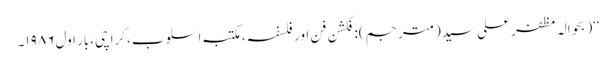
‘‘( بحوالہ مظفر علی سید(مترجم):فکشن فن اور فلسفہ،مکتبہ اسلوب،کراچی،بار اول ۱۹۸۶۔